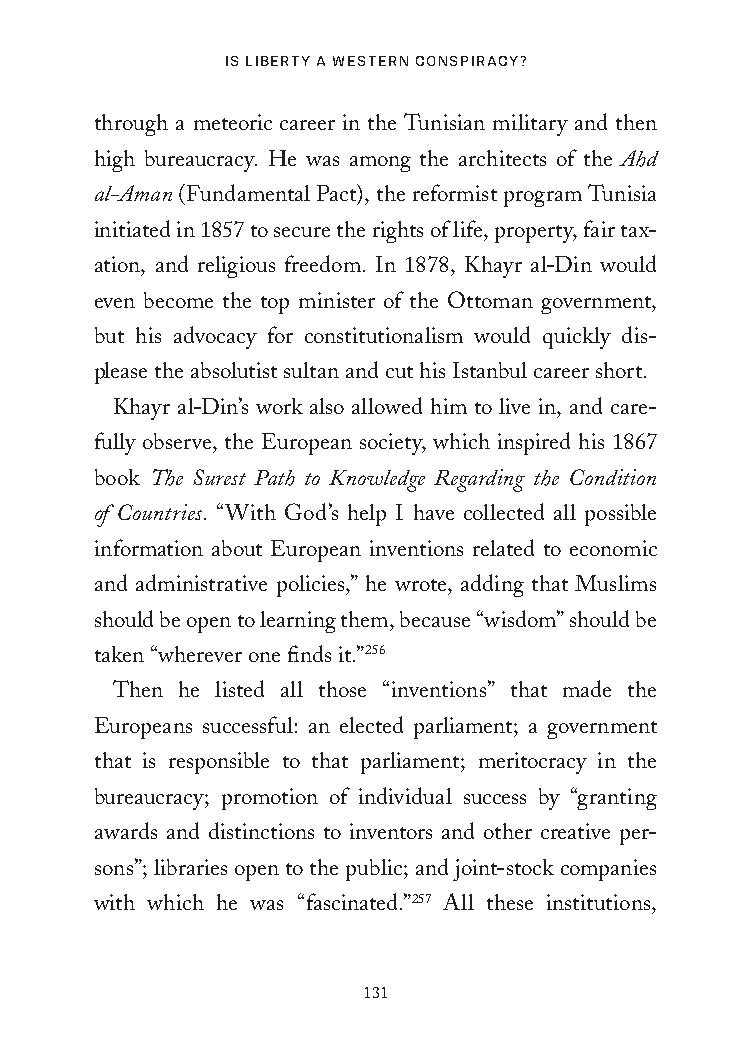
Is LIberty a Western ConspIraCy?
 through a meteoric career in the Tunisian military and then
 high bureaucracy. He was among the architects of the Ahd
 al-Aman (Fundamental Pact), the reformist program Tunisia
 initiated in 1857 to secure the rights of life, property, fair tax-
 ation, and religious freedom. In 1878, Khayr al-Din would
 even become the top minister of the Ottoman government,
 but his advocacy for constitutionalism would quickly dis-
 please the absolutist sultan and cut his Istanbul career short.
 Khayr al-Din’s work also allowed him to live in, and care-
 fully observe, the European society, which inspired his 1867
 book The Surest Path to Knowledge Regarding the Condition
 of Countries. “With God’s help I have collected all possible
 information about European inventions related to economic
 and administrative policies,” he wrote, adding that Muslims
 should be open to learning them, because “wisdom” should be
 taken “wherever one finds it.”256
 Then he listed all those “inventions” that made the
 Europeans successful: an elected parliament; a government
 that is responsible to that parliament; meritocracy in the
 bureaucracy; promotion of individual success by “granting
 awards and distinctions to inventors and other creative per-
 sons”; libraries open to the public; and joint-stock companies
 with which he was “fascinated.”257 All these institutions,
 131
 25320_Ch08.indd 131                     24/06/2021 9:36 AM